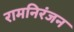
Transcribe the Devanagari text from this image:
रामनिरंजन